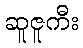
ဆူဇူကီး